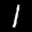
Label: 1